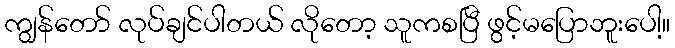
ကျွန်တော် လုပ်ချင်ပါတယ် လိုတော့ သူကစပြီ ဖွင့်မပြောဘူးပေါ့။